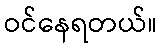
ဝင်နေရတယ်။